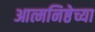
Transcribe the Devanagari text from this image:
आत्मनिष्ठेच्या